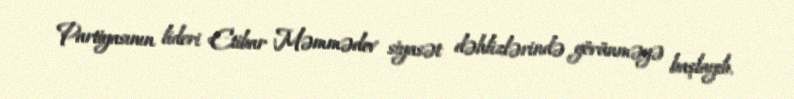
Partiyasının lideri Etibar Məmmədov siyasət dəhlizlərində görünməyə başlayıb.